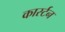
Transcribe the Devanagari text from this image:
कार्स्टन